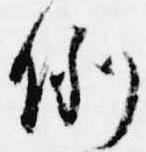
例